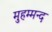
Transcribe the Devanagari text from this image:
मुहम्मन्द